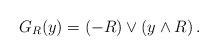
LaTeX: \begin{align*}G_R(y) = (-R) \vee \left(y \wedge R\right).\end{align*}